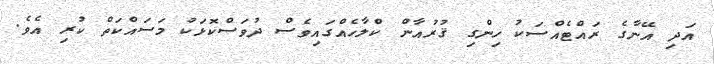
އަދި އޭނާގެ ރައްޓެއްސަކު ހިންގި ޤުރުއާން ކްލާހެއްގައިވެސް ދުވަސްކޮޅަކު މަސައްކަތް ކުރި އެވެ.